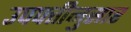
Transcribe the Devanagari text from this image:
उपपत्तीनुसार